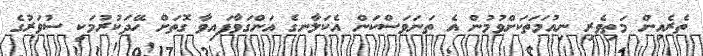
ތެރެއިން މަތިވެރި ނިއުމަތަކަށްވުމުން އެ ތަނަވަސްކަން އެކަލާނގެ އަންގަވާފައިވާ ގޮތަށް ހޭދަކުރުމަކީ ސުވަރުގެ